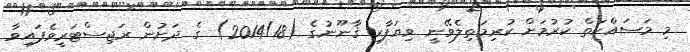
މި މަސައްކަތް ކުރުމަށް ކުރިމަތިލެވޭނީ ވިޔަފާރި ޤާނޫނުގެ (2014/18) ގެ ދަށުން ރަޖިސްޓަރީވެފައިވާ